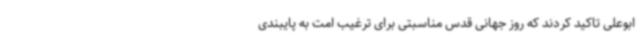
ابوعلی تاکید کردند که روز جهانی قدس مناسبتی برای ترغیب امت به پایبندی